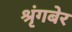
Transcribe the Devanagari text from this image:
श्रृंगबेर